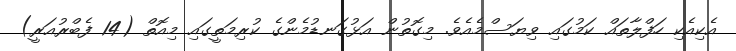
އެކިއެކި ހަފްލާތައް ކަމުގައި ވިޔަސްމެއެވެ. މިގޮތުން އަޅުގަނޑުމެންގެ ކުރިމަތީގައި މިއޮތް (14 ފެބްރުއަރީ)